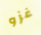
غزو